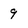
Character: 9